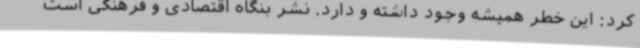
کرد: این خطر همیشه وجود داشته و دارد. نشر بنگاه اقتصادی و فرهنگی است